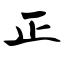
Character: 正